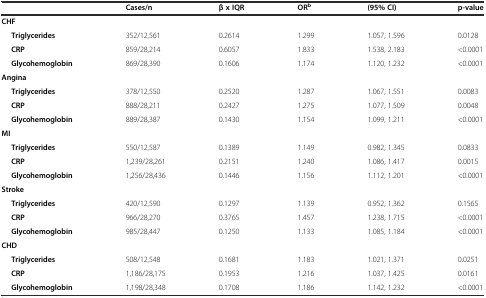
<table><thead><tr><td></td><td><b>Cases/n</b></td><td><b>β x IQR</b></td><td><b>OR<sup>b</sup></b></td><td><b>(95% CI)</b></td><td><b>p-value</b></td></tr></thead><tbody><tr><td colspan="6"><b>CHF</b></td></tr><tr><td><b>Triglycerides</b></td><td>352/12,561</td><td>0.2614</td><td>1.299</td><td>1.057, 1.596</td><td>0.0128</td></tr><tr><td><b>CRP</b></td><td>859/28,214</td><td>0.6057</td><td>1.833</td><td>1.538, 2.183</td><td>&lt;0.0001</td></tr><tr><td><b>Glycohemoglobin</b></td><td>869/28,390</td><td>0.1606</td><td>1.174</td><td>1.120, 1.232</td><td>&lt;0.0001</td></tr><tr><td colspan="6"><b>Angina</b></td></tr><tr><td><b>Triglycerides</b></td><td>378/12,550</td><td>0.2520</td><td>1.287</td><td>1.067, 1.551</td><td>0.0083</td></tr><tr><td><b>CRP</b></td><td>888/28,211</td><td>0.2427</td><td>1.275</td><td>1.077, 1.509</td><td>0.0048</td></tr><tr><td><b>Glycohemoglobin</b></td><td>889/28,387</td><td>0.1430</td><td>1.154</td><td>1.099, 1.211</td><td>&lt;0.0001</td></tr><tr><td colspan="6"><b>MI</b></td></tr><tr><td><b>Triglycerides</b></td><td>550/12,587</td><td>0.1389</td><td>1.149</td><td>0.982, 1.345</td><td>0.0833</td></tr><tr><td><b>CRP</b></td><td>1,239/28,261</td><td>0.2151</td><td>1.240</td><td>1.086, 1.417</td><td>0.0015</td></tr><tr><td><b>Glycohemoglobin</b></td><td>1,256/28,436</td><td>0.1446</td><td>1.156</td><td>1.112, 1.201</td><td>&lt;0.0001</td></tr><tr><td colspan="6"><b>Stroke</b></td></tr><tr><td><b>Triglycerides</b></td><td>420/12,590</td><td>0.1297</td><td>1.139</td><td>0.952, 1.362</td><td>0.1565</td></tr><tr><td><b>CRP</b></td><td>966/28,270</td><td>0.3765</td><td>1.457</td><td>1.238, 1.715</td><td>&lt;0.0001</td></tr><tr><td><b>Glycohemoglobin</b></td><td>985/28,447</td><td>0.1250</td><td>1.133</td><td>1.085, 1.184</td><td>&lt;0.0001</td></tr><tr><td colspan="6"><b>CHD</b></td></tr><tr><td><b>Triglycerides</b></td><td>508/12,548</td><td>0.1681</td><td>1.183</td><td>1.021, 1.371</td><td>0.0251</td></tr><tr><td><b>CRP</b></td><td>1,186/28,175</td><td>0.1953</td><td>1.216</td><td>1.037, 1.425</td><td>0.0161</td></tr><tr><td><b>Glycohemoglobin</b></td><td>1,198/28,348</td><td>0.1708</td><td>1.186</td><td>1.142, 1.232</td><td>&lt;0.0001</td></tr></tbody></table>